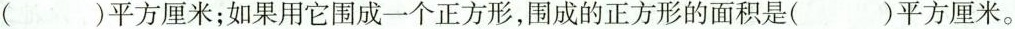
（)平方厘米；如果用它围成一个正方形，围成的正方形的面积是()平方厘米。